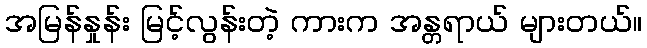
အမြန်နှုန်း မြင့်လွန်းတဲ့ ကားက အန္တရာယ် များတယ်။